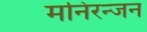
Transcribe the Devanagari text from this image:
मनिरन्जन